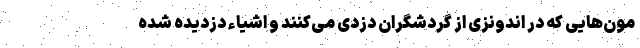
مون‌هایی که در اندونزی از گردشگران دزدی می‌کنند و اشیاء دزدیده شده